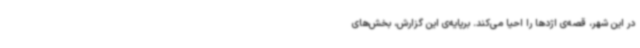
در این شهر، قصه‌ی اژدها را احیا می‌کند. برپایه‌ی این گزارش، بخش‌های